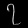
Digit: ၇